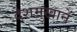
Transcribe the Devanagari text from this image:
देशमुखानें